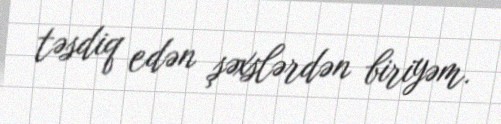
təsdiq edən şəxslərdən biriyəm.